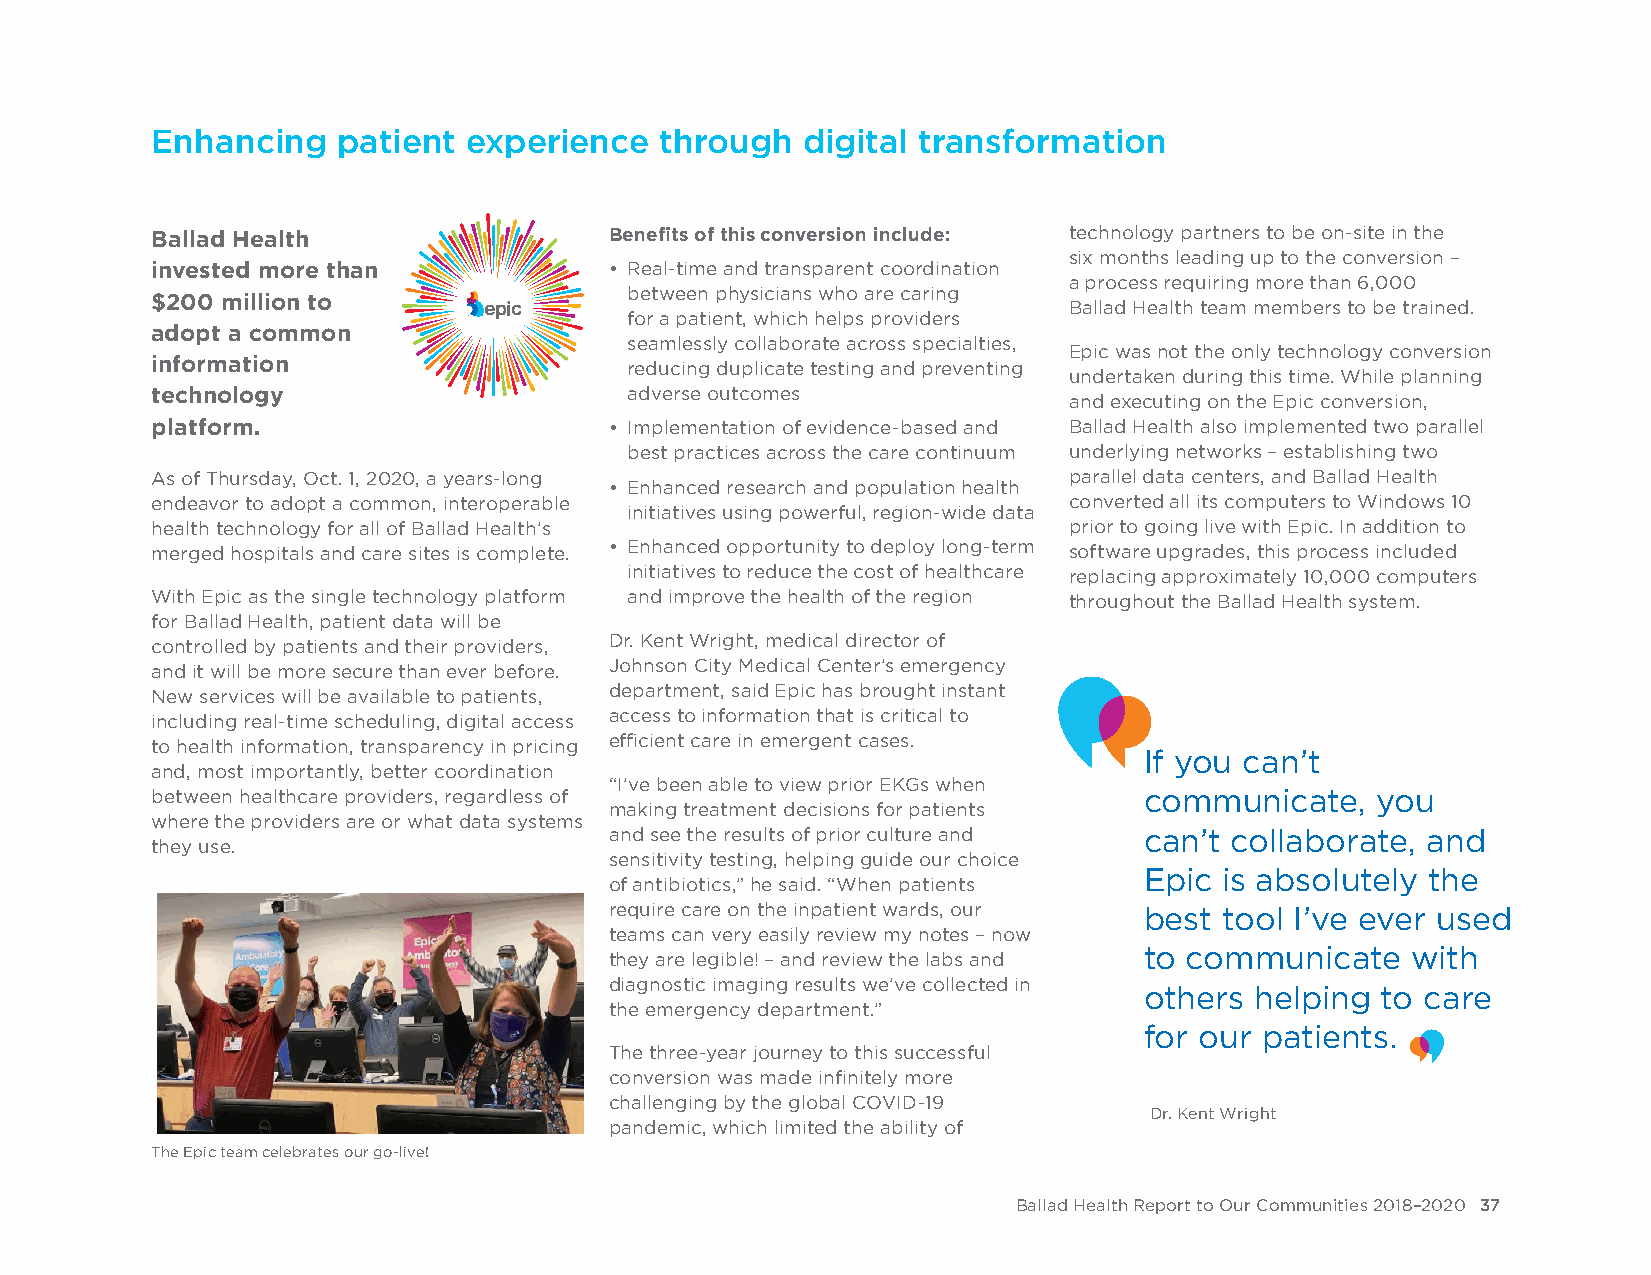
Enhancing   patient  experience   through  digital transformation
 Ballad Health                 Benefits of this conversion include: technology partners to be on-site in the
 six months leading up to the conversion –
 invested more than            • Real-time and transparent coordination
 a process requiring more than 6,000
 between physicians who are caring
 $200 million to
 Ballad Health team members to be trained.
 for a patient, which helps providers
 adopt a common
 seamlessly collaborate across specialties,
 Epic was not the only technology conversion
 information                     reducing duplicate testing and preventing
 undertaken during this time. While planning
 technology                      adverse outcomes
 and executing on the Epic conversion,
 platform.                     • Implementation of evidence-based and Ballad Health also implemented two parallel
 best practices across the care continuum underlying networks – establishing two
 As of Thursday, Oct. 1, 2020, a years-long                   parallel data centers, and Ballad Health
 • Enhanced research and population health
 endeavor to adopt a common, interoperable                    converted all its computers to Windows 10
 initiatives using powerful, region-wide data
 health technology for all of Ballad Health’s                 prior to going live with Epic. In addition to
 merged hospitals and care sites is complete. • Enhanced opportunity to deploy long-term software upgrades, this process included
 initiatives to reduce the cost of healthcare replacing approximately 10,000 computers
 With Epic as the single technology platform and improve the health of the region throughout the Ballad Health system.
 for Ballad Health, patient data will be
 Dr. Kent Wright, medical director of
 controlled by patients and their providers,
 Johnson City Medical Center’s emergency
 and it will be more secure than ever before.
 department, said Epic has brought instant
 New services will be available to patients,
 access to information that is critical to
 including real-time scheduling, digital access
 efficient care in emergent cases.
 to health information, transparency in pricing
 If you can’t
 and, most importantly, better coordination
 “I’ve been able to view prior EKGs when
 between healthcare providers, regardless of                       communicate,   you
 making treatment decisions for patients
 where the providers are or what data systems
 and see the results of prior culture and can’t collaborate, and
 they use.
 sensitivity testing, helping guide our choice
 Epic is absolutely the
 of antibiotics,” he said. “When patients
 require care on the inpatient wards, our best tool I’ve ever used
 teams can very easily review my notes – now
 to communicate   with
 they are legible! – and review the labs and
 diagnostic imaging results we’ve collected in
 others helping to care
 the emergency department.”
 for our patients.
 The three-year journey to this successful
 conversion was made infinitely more
 challenging by the global COVID-19
 Dr. Kent Wright
 pandemic, which limited the ability of
 The Epic team celebrates our go-live!
 Ballad Health Report to Our Communities 2018–2020 37